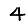
Digit: 4